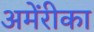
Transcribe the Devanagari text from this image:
अमेंरीका